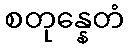
စတုန္နေတံ